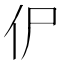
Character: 𰁢